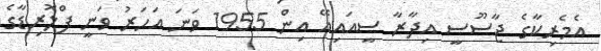
އެމެރިކާގެ ޖާސޫސީ އިދާރާ ސީއައިއޭ އިން 1955 ވަނަ އަހަރު ވަނީ ފްލޮރިޑާގެ